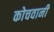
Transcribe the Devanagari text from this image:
कोचवानी